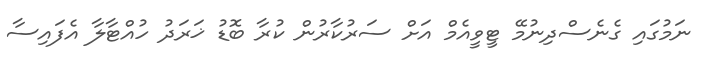
ނަމުގައި ގެނެސްދިނުމޭ ޓީވީއެމް އަށް ސަރުކާރުން ކުރާ ބޮޑު ޚަރަދު ހުއްޓާލާ އެފައިސާ